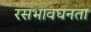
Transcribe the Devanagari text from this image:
रसभावघनता